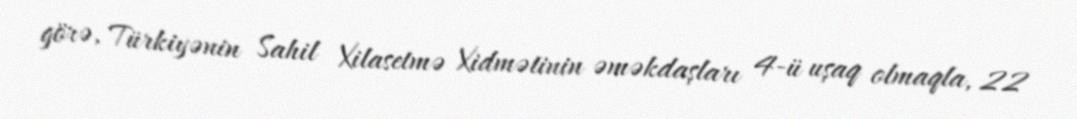
görə, Türkiyənin Sahil Xilasetmə Xidmətinin əməkdaşları 4-ü uşaq olmaqla, 22